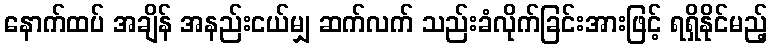
နောက်ထပ် အချိန် အနည်းငယ်မျှ ဆက်လက် သည်းခံလိုက်ခြင်းအားဖြင့် ရရှိနိုင်မည့်